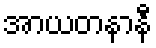
အာယတနာနီ